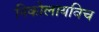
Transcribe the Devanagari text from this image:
निकोलायविच